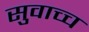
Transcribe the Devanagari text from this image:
सुवाच्च